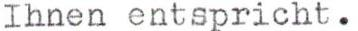
Ihnen entspricht.